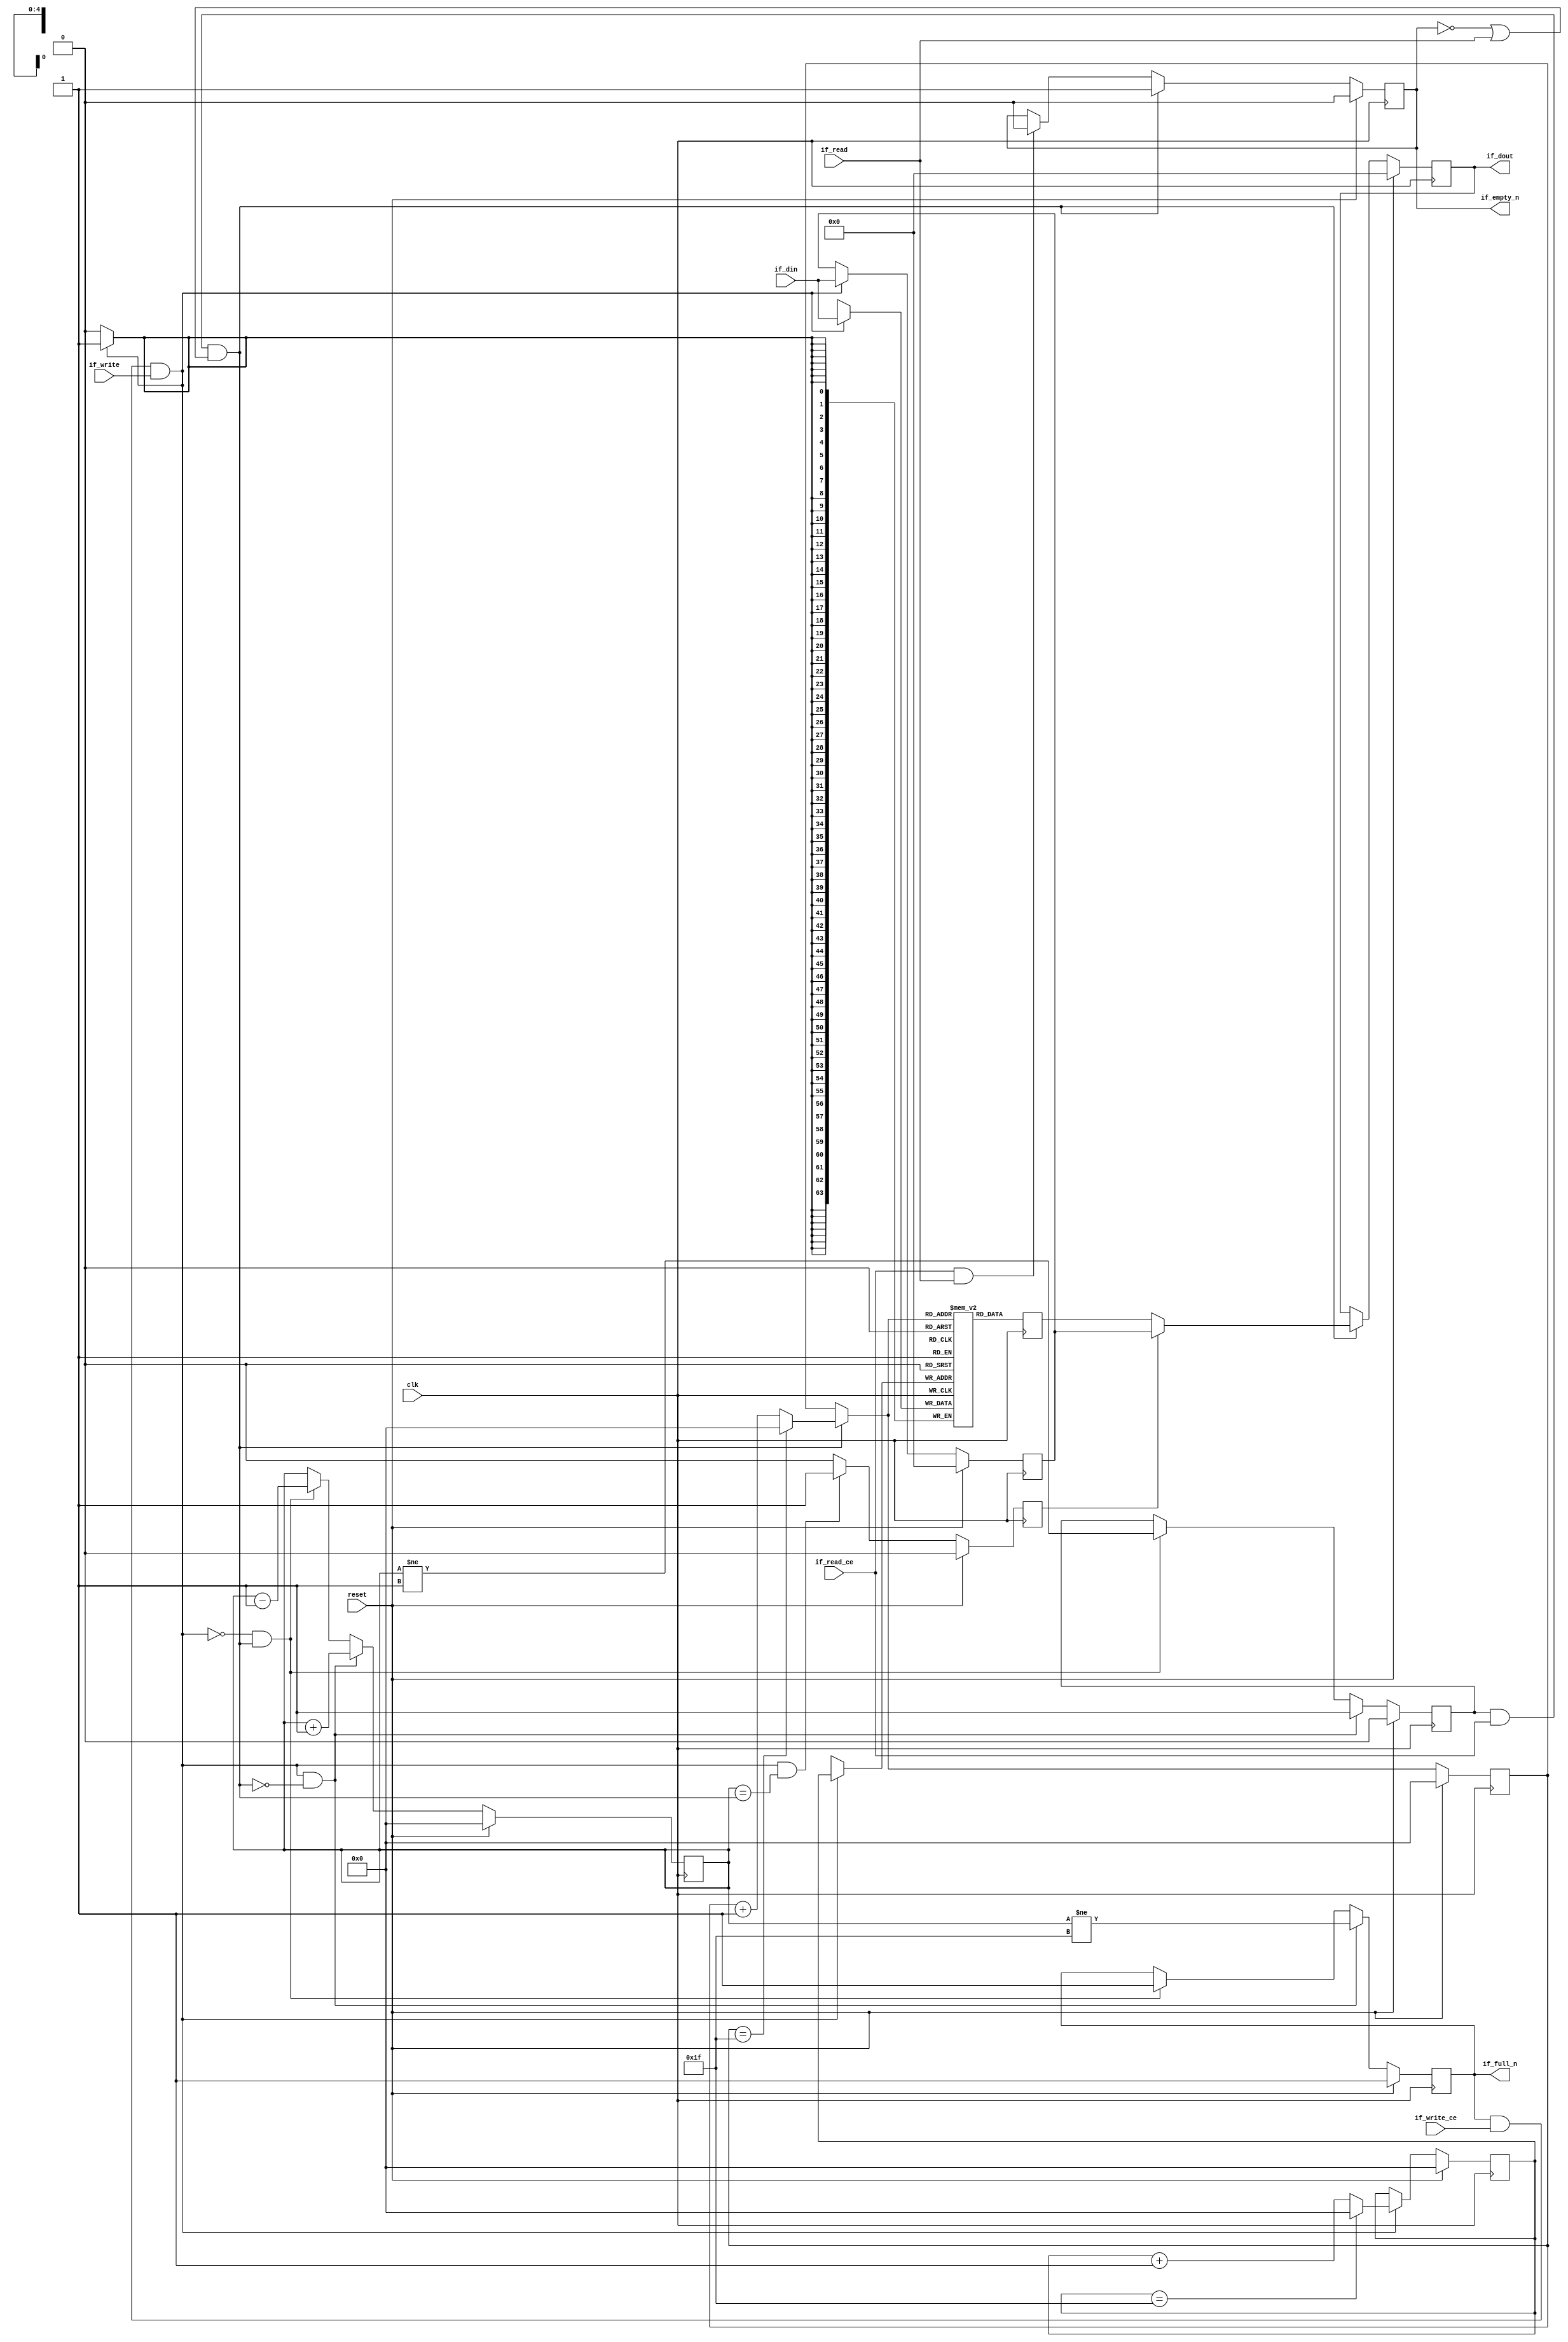
// This program was cloned from: https://github.com/mustafabbas/ECE1373_2016_hft_on_fpga
// License: MIT License

// ==============================================================
// File generated by Vivado(TM) HLS - High-Level Synthesis from C, C++ and SystemC
// Version: 2015.1
// Copyright (C) 2015 Xilinx Inc. All rights reserved.
// 
// ==============================================================


`timescale 1ns/1ps

module FIFO_udp_outputPathWriteFunction2checks
#(parameter
    MEM_STYLE  = "block",
    DATA_WIDTH = 64,
    ADDR_WIDTH = 5,
    DEPTH      = 32
)
(
    // system signal
    input  wire                  clk,
    input  wire                  reset,

    // write
    output wire                  if_full_n,
    input  wire                  if_write_ce,
    input  wire                  if_write,
    input  wire [DATA_WIDTH-1:0] if_din,

    // read
    output wire                  if_empty_n,
    input  wire                  if_read_ce,
    input  wire                  if_read,
    output wire [DATA_WIDTH-1:0] if_dout
);
//------------------------Parameter----------------------

//------------------------Local signal-------------------
(* ram_style = MEM_STYLE *)
reg  [DATA_WIDTH-1:0] mem[0:DEPTH-1];
reg  [DATA_WIDTH-1:0] q_buf = 1'b0;
reg  [ADDR_WIDTH-1:0] waddr = 1'b0;
reg  [ADDR_WIDTH-1:0] raddr = 1'b0;
wire [ADDR_WIDTH-1:0] wnext;
wire [ADDR_WIDTH-1:0] rnext;
wire                  push;
wire                  pop;
reg  [ADDR_WIDTH-1:0] usedw = 1'b0;
reg                   full_n = 1'b1;
reg                   empty_n = 1'b0;
reg  [DATA_WIDTH-1:0] q_tmp = 1'b0;
reg                   show_ahead = 1'b0;
reg  [DATA_WIDTH-1:0] dout_buf = 1'b0;
reg                   dout_valid = 1'b0;


//------------------------Instantiation------------------

//------------------------Task and function--------------

//------------------------Body---------------------------
assign if_full_n  = full_n;
assign if_empty_n = dout_valid;
assign if_dout    = dout_buf;
assign push       = full_n & if_write_ce & if_write;
assign pop        = empty_n & if_read_ce & (~dout_valid | if_read);
assign wnext      = !push                ? waddr :
                    (waddr == DEPTH - 1) ? 1'b0  :
                    waddr + 1'b1;
assign rnext      = !pop                 ? raddr :
                    (raddr == DEPTH - 1) ? 1'b0  :
                    raddr + 1'b1;

// waddr
always @(posedge clk) begin
    if (reset == 1'b1)
        waddr <= 1'b0;
    else
        waddr <= wnext;
end

// raddr
always @(posedge clk) begin
    if (reset == 1'b1)
        raddr <= 1'b0;
    else
        raddr <= rnext;
end

// usedw
always @(posedge clk) begin
    if (reset == 1'b1)
        usedw <= 1'b0;
    else if (push & ~pop)
        usedw <= usedw + 1'b1;
    else if (~push & pop)
        usedw <= usedw - 1'b1;
end

// full_n
always @(posedge clk) begin
    if (reset == 1'b1)
        full_n <= 1'b1;
    else if (push & ~pop)
        full_n <= (usedw != DEPTH - 1);
    else if (~push & pop)
        full_n <= 1'b1;
end

// empty_n
always @(posedge clk) begin
    if (reset == 1'b1)
        empty_n <= 1'b0;
    else if (push & ~pop)
        empty_n <= 1'b1;
    else if (~push & pop)
        empty_n <= (usedw != 1'b1);
end

// mem
always @(posedge clk) begin
    if (push)
        mem[waddr] <= if_din;
end

// q_buf
always @(posedge clk) begin
    q_buf <= mem[rnext];
end

// q_tmp
always @(posedge clk) begin
    if (reset == 1'b1)
        q_tmp <= 1'b0;
    else if (push)
        q_tmp <= if_din;
end

// show_ahead
always @(posedge clk) begin
    if (reset == 1'b1)
        show_ahead <= 1'b0;
    else if (push && usedw == pop)
        show_ahead <= 1'b1;
    else
        show_ahead <= 1'b0;
end

// dout_buf
always @(posedge clk) begin
    if (reset == 1'b1)
        dout_buf <= 1'b0;
    else if (pop)
        dout_buf <= show_ahead? q_tmp : q_buf;
end

// dout_valid
always @(posedge clk) begin
    if (reset == 1'b1)
        dout_valid <= 1'b0;
    else if (pop)
        dout_valid <= 1'b1;
    else if (if_read_ce & if_read)
        dout_valid <= 1'b0;
end

endmodule